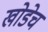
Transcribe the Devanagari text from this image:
खोडेच